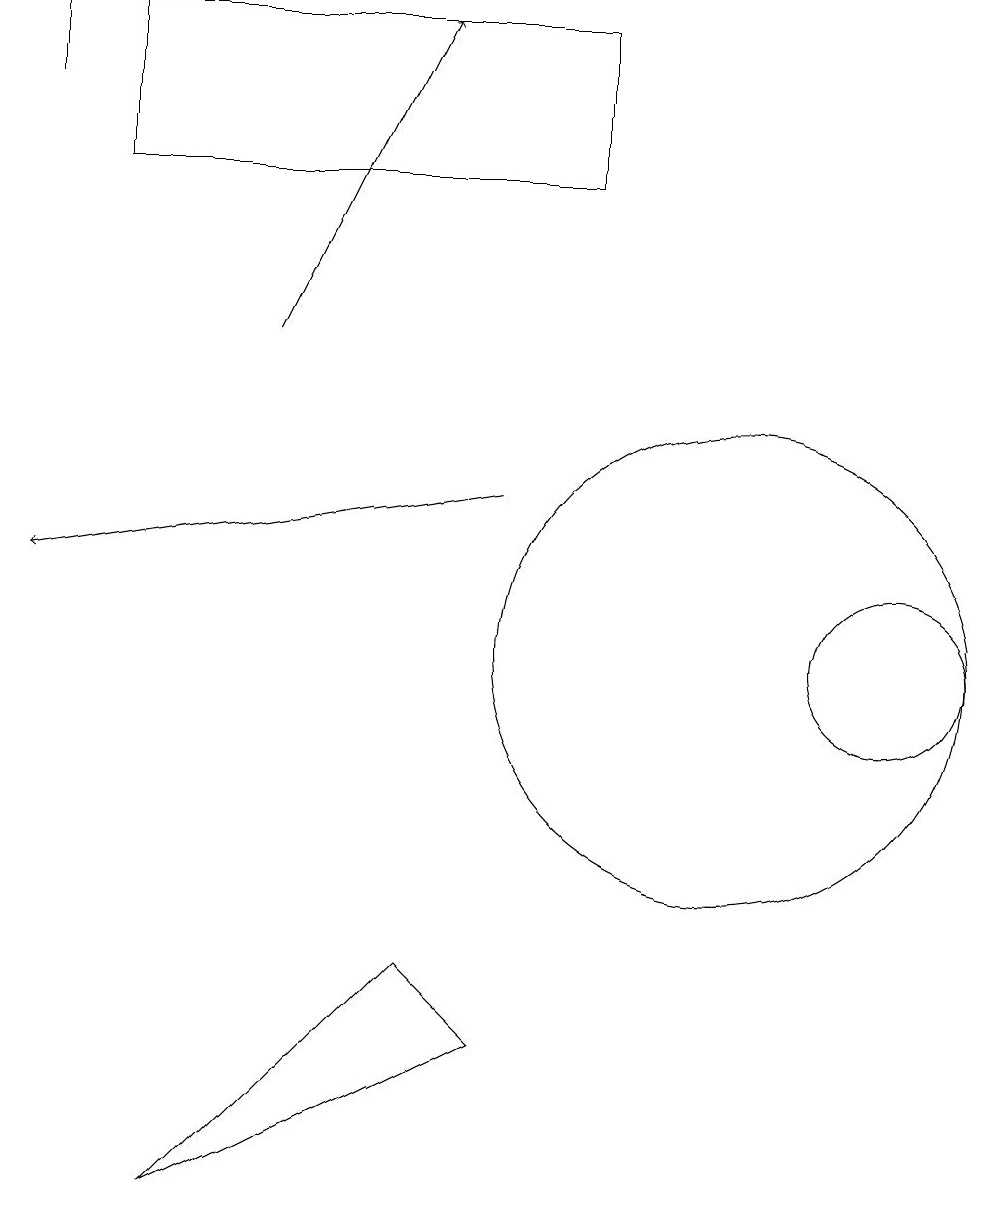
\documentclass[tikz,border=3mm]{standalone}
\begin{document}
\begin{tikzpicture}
\draw[->] (7,13) -- (1,12);
\draw (12,11) circle (1);
\draw[->] (4,15) -- (6,19);
\draw (3,4) -- (6,7) -- (7,6) -- cycle;
\draw (10,11) circle (3);
\draw (2,17) rectangle (8,19);
\draw (1,19) rectangle (1,18);
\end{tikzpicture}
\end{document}